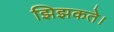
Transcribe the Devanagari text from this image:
झिझकते।